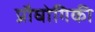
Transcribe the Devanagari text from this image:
प्रौघोगिकी